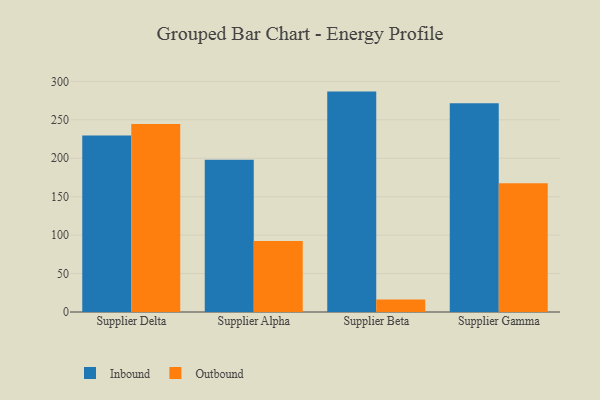
{"axis": {"x": "Supplier", "y": "Net Income (USD K)"}, "legend": ["Inbound", "Outbound"], "data": [{"x": "Supplier Delta", "y": 229.7, "type": "Inbound"}, {"x": "Supplier Delta", "y": 244.6, "type": "Outbound"}, {"x": "Supplier Alpha", "y": 197.9, "type": "Inbound"}, {"x": "Supplier Alpha", "y": 92.5, "type": "Outbound"}, {"x": "Supplier Beta", "y": 286.7, "type": "Inbound"}, {"x": "Supplier Beta", "y": 16.1, "type": "Outbound"}, {"x": "Supplier Gamma", "y": 271.7, "type": "Inbound"}, {"x": "Supplier Gamma", "y": 167.4, "type": "Outbound"}]}